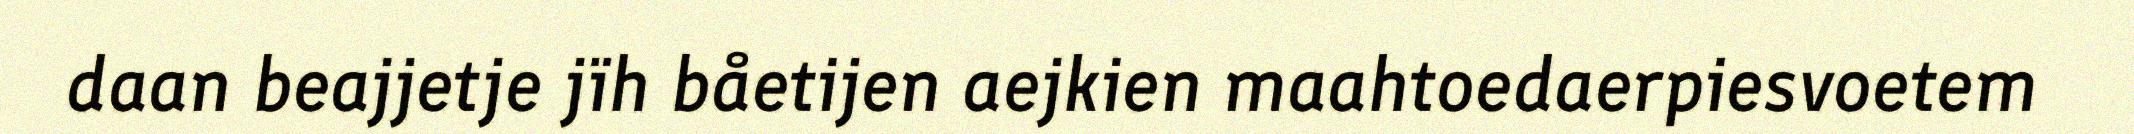
daan beajjetje jïh båetijen aejkien maahtoedaerpiesvoetem